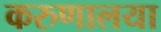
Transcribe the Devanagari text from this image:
करुणालया